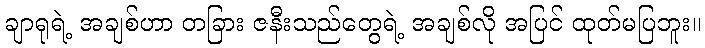
ချာရုရဲ့ အချစ်ဟာ တခြား ဇနီးသည်တွေရဲ့ အချစ်လို အပြင် ထုတ်မပြဘူး။